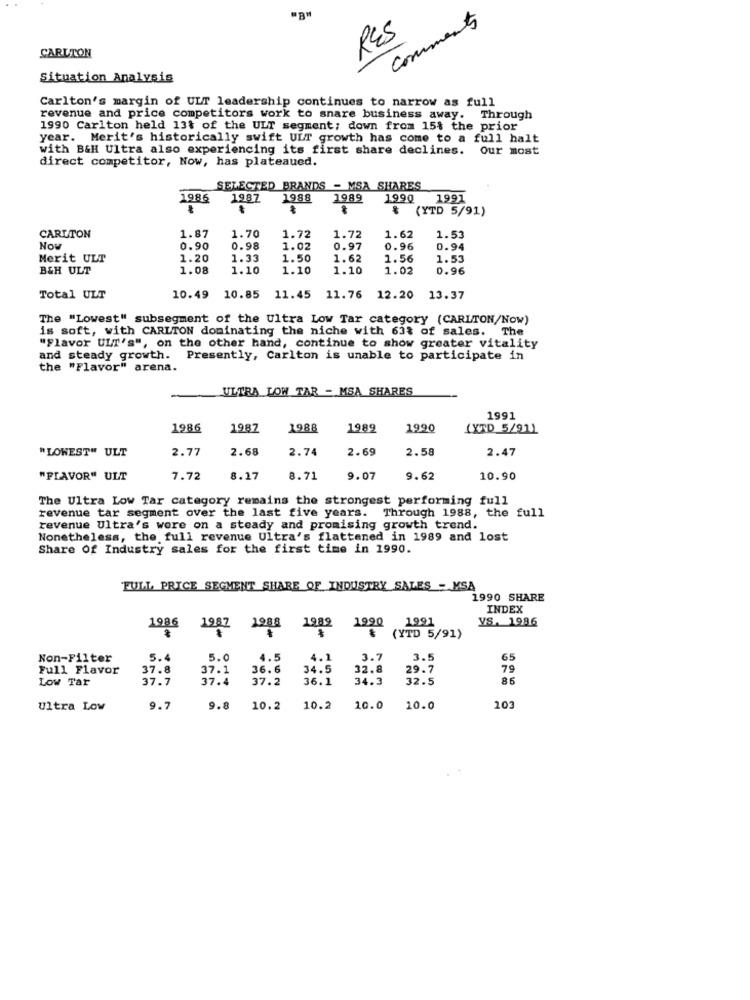
comments
RES
CARLTON
Situation Analysis
Carlton's margin of ULT leadership continues to narrow as full
revenue and price competitors work to snare business away. Through
1990 Carlton held 13% of the ULT segment; down from 15$ the prior
year. Merit's historically swift ULT growth has come to a full halt
with B&H Ultra also experiencing its first share declines. Our most
direct competitor, Now, has plateaued.
SELECTED BRANDS - MSA SHARES
1986
1987
1988
1989
199Q
1991
(YTD 5/91)
CARLTON
1.87
1.70
1.72
1.72
1.62
1.53
Now
0.90
0.98
1.02
0.97
0.96
0.94
Merit ULT
1.20
1.33
1.50
1.62
1.56
1.53
B&H ULT
1.08
1.10
1.10
1.10
1.02
0.96
Total ULT
10.49
10.85 11.45
11.76 12.20
13.37
The "Lowest" subsegment of the Ultra Low Tar category (CARLTON/Now)
is soft, with CARLTON dominating the niche with 63% of sales. The
"Flavor ULT's", on the other hand, continue to show greater vitality
and steady growth.
Presently, Carlton is unable to participate in
the "Flavor" arena.
ULTRA LOW TAR - MSA SHARES
1991
1986
1987
1988
1989
1990
(XTD_5/911
"LOWEST" ULT
2.77
2.68
2.74
2.69
2.58
2.47
"PLAVOR" ULT
7.72
8.17
8.71
9.07
9.62
10.90
The Ultra Low Tar category remains the strongest performing full
revenue tar segment over the last five years. Through 1988, the full
revenue Ultra's were on a steady and promising growth trend.
Nonetheless, the full revenue Ultra's flattened in 1989 and lost
Share Of Industry sales for the first time in 1990.
FULL PRICE SEGMENT SHARE OF INDUSTRY SALES - MSA
1990 SHARE
INDEX
1986
1987
1988
1989
1990
1991
VS. 1996
(YTD 5/91)
Non-Filter
5.4
5.0
4.5
4.1
3.7
3.5
65
Full Flavor
37.8
37.1
36.6
34.5
32.8
29.7
79
Low Tar
37.7
37.4
37.2
36.1
34.3
32.5
86
Ultra Low
9.7
9.8
10.2
10.2
10.0
10.0
203